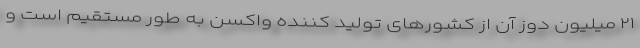
۲۱ میلیون دوز آن از کشورهای تولید کننده واکسن به طور مستقیم است و